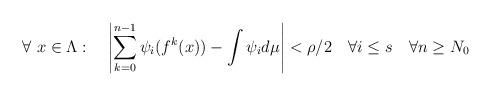
LaTeX: \begin{align*}\forall \ x \in \Lambda: \quad\left|\sum_{k=0}^{n-1}\psi_i(f^k(x)) - \int\psi_i{d\mu} \right| < \rho/2 \quad\forall i \leq s \quad\forall n \geq N_0\end{align*}